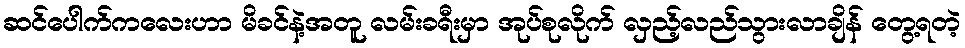
ဆင်ပေါက်ကလေးဟာ မိခင်နဲ့အတူ လမ်းခရီးမှာ အုပ်စုလိုက် လှည့်လည်သွားလာချိန် တွေ့ရတဲ့